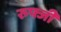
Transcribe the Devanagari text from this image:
रुफ्जी